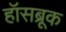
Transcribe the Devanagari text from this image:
हॉसब्रूक